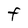
Character: F